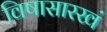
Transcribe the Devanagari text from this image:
विषासारखं